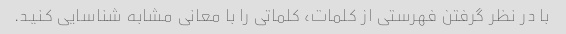
با در نظر گرفتن فهرستی از کلمات، کلماتی را با معانی مشابه شناسایی کنید.